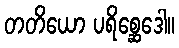
တတိယော ပရိစ္ဆေဒေါ။